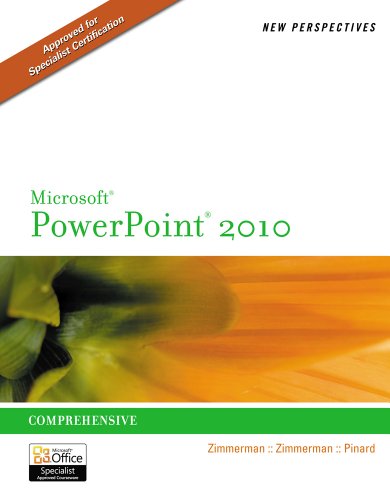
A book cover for New Perspectives on Microsoft PowerPoint 2010, Comprehensive (New Perspectives Series: Individual Office Applications); S. Scott Zimmerman; Computers & Technology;